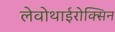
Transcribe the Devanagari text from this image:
लेवोथाईरोक्सिन